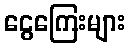
ငွေကြေးများ